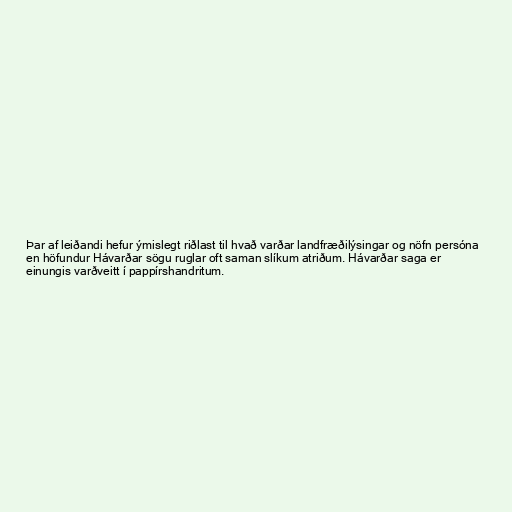
Þar af leiðandi hefur ýmislegt riðlast til hvað varðar landfræðilýsingar og nöfn persóna
en höfundur Hávarðar sögu ruglar oft saman slíkum atriðum. Hávarðar saga er
einungis varðveitt í pappírshandritum.